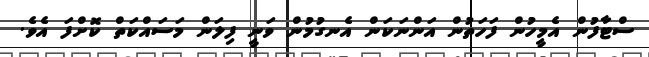
ސްޓާފުން އެމީހުން ފަހަތުން އަންނަކަން އެނގުމުން ވަނީ ފިލަން މަސައްކަތް ކޮށްފަ އެވެ.